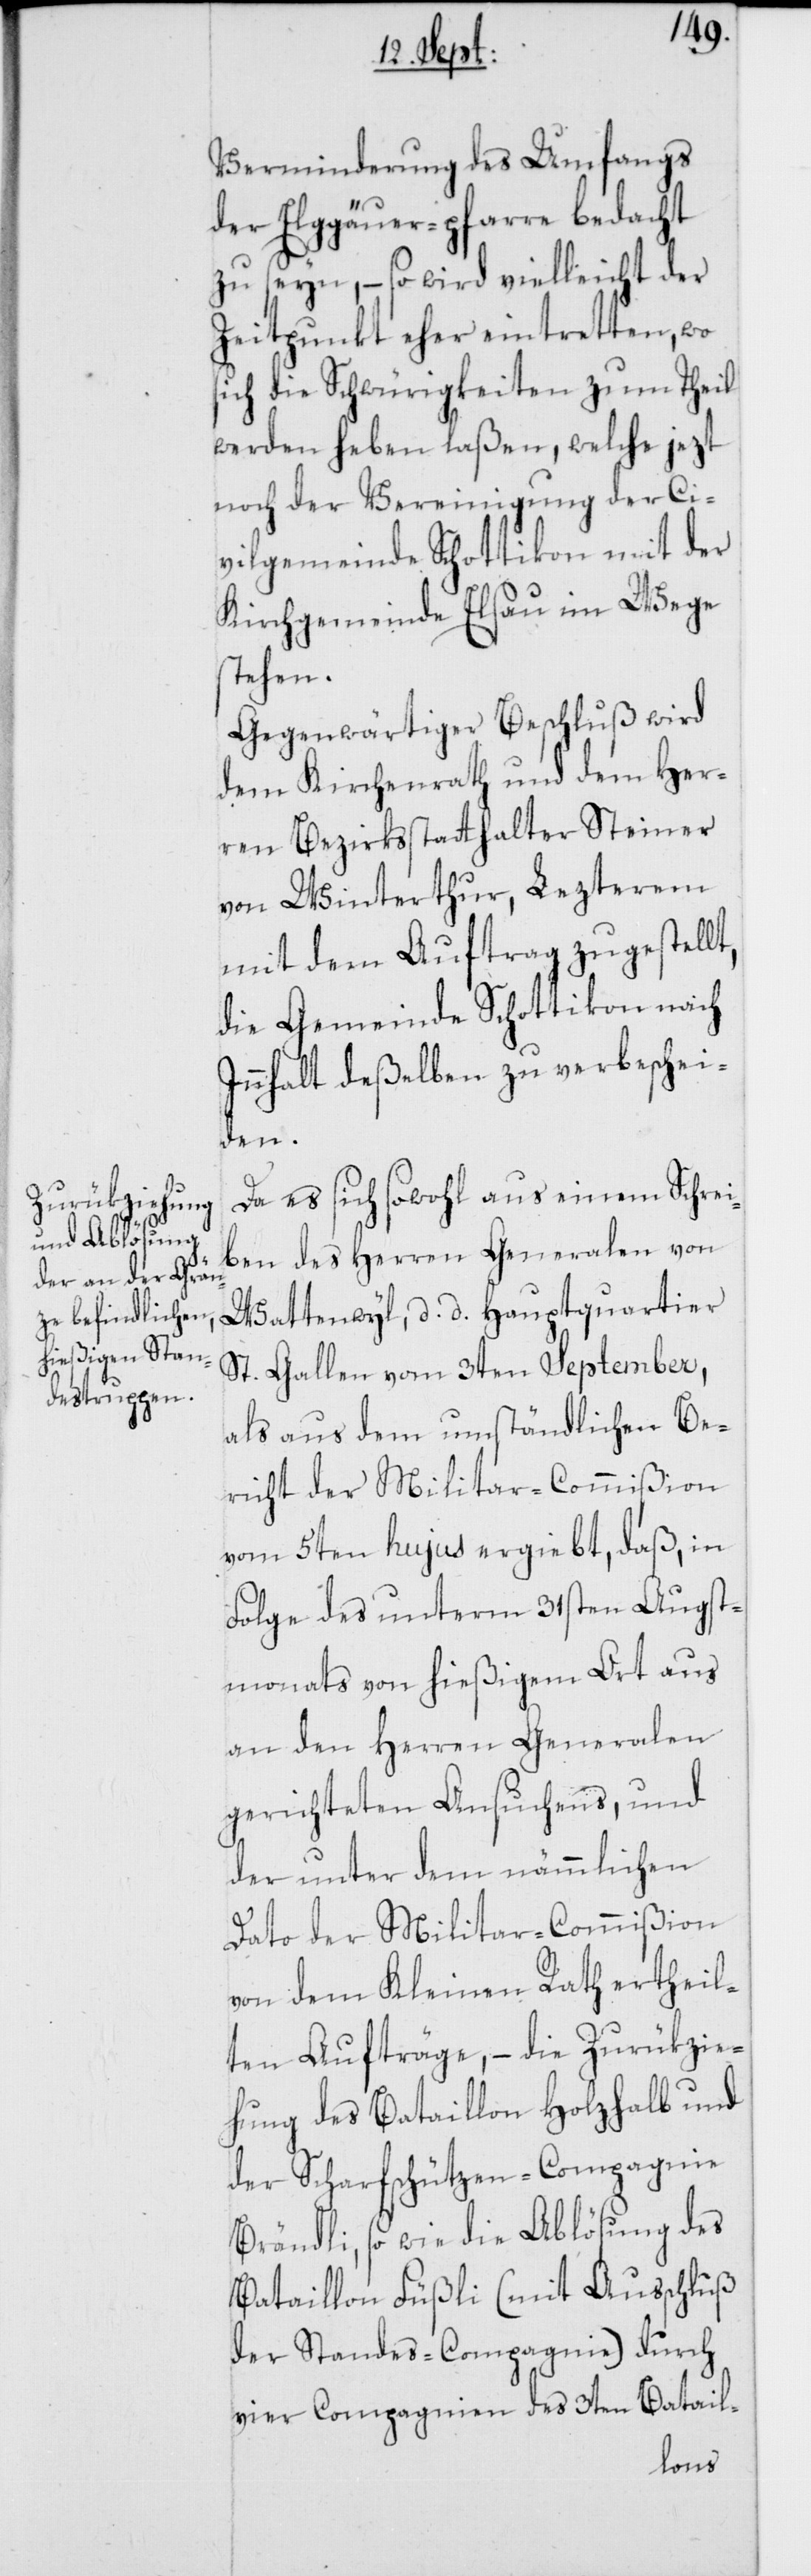
Verminderung des Umfangs
der Elggäuer-pfarre bedacht
zu seyn, – so wird vielleicht der
Zeitpunkt eher eintretten, wo
ich die Schwürigkeiten zum Theil
werden heben laßen, welche jezt
noch der Vereinigung der Ci¬
vilgemeinde Schottikon mit der
Kirchgemeinde Elsau im Wege
stehen.
Gegenwärtiger Beschluß wird
dem Kirchenrath und dem Her¬
ren Bezirksstatthalter Steiner
von Winterthur, Lezterem
mit dem Auftrag zugestell¬
die Gemeinde Schottikon nach
Innhalt deßelben zu verbeschei¬
den.
Da es sich sowohl aus einem Schrei¬
ben des Herren Generalen von
Wattenwyl, d. d. Hauptquartier
St. Gallen vom 3ten September,
als aus dem umständlichen Be¬
richt der Militar-Commißion
vom 5ten hujus ergiebt, daß, in
Folge des unterm 31sten Augst¬
monats von hießigem Ort aus
an den Herren Generalen
gerichteten Ansuchens, und
der unter dem nämmlichen
t,
Dato der Militar-Commißion
von dem Kleinen Rath ertheil¬
ten Aufträge, – die Zurükzie¬
hung des Bataillon Holzhalb und
der Scharfschützen-Compagnie
Brändli, so wie die Ablösung des
Bataillon Füßli (mit Ausschluß
der Standes-Compagnie) durch
vier Compagnien des 3ten Batail-